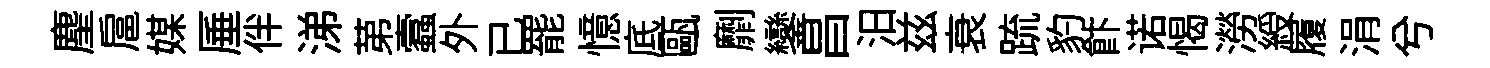
麈扈媒厜伴涕苐蠧外已罷憶底甌劘鑾昌汨兹衰䟽豹飰诺愒澇綬履涓兮